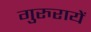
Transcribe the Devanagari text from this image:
गुरुरायें